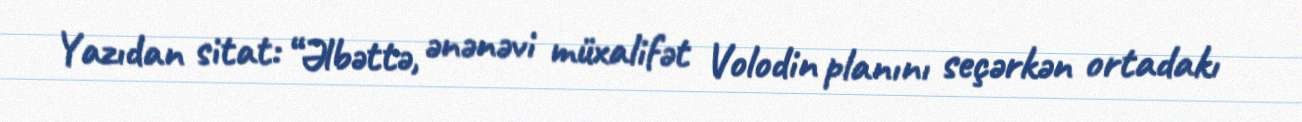
Yazıdan sitat: “Əlbəttə, ənənəvi müxalifət Volodin planını seçərkən ortadakı